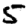
Digit: 5